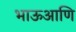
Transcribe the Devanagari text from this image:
भाऊआणि